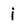
Character: j